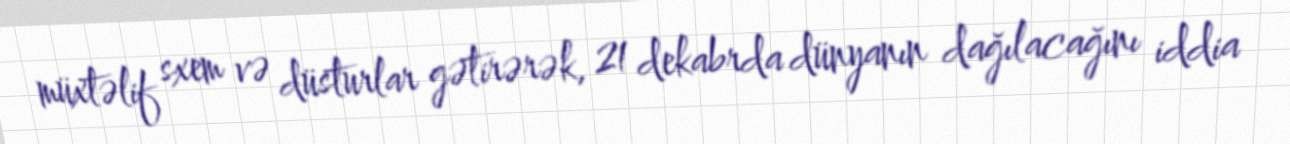
müxtəlif sxem və düsturlar gətirərək, 21 dekabrda dünyanın dağılacağını iddia